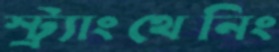
স্ট্র্যাংথেনিং